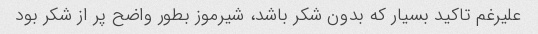
علیرغم تاکید بسیار که بدون شکر باشد، شیرموز بطور واضح پر از شکر بود